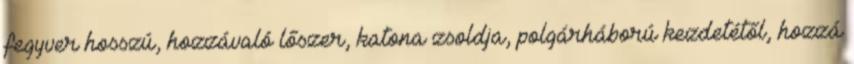
fegyver hosszú, hozzávaló lőszer, katona zsoldja, polgárháború kezdetétől, hozzá